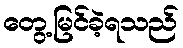
တွေ့မြင်ခဲ့ရသည်